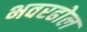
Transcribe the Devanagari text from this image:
भवरढोल